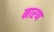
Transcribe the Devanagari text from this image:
नारण